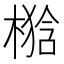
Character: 𣘉